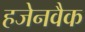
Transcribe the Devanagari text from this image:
हजेनवैक